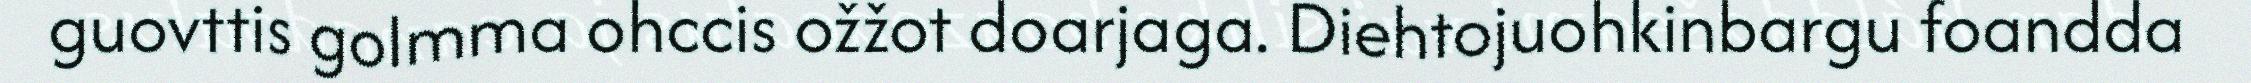
guovttis golmma ohccis ožžot doarjaga. Diehtojuohkinbargu foandda